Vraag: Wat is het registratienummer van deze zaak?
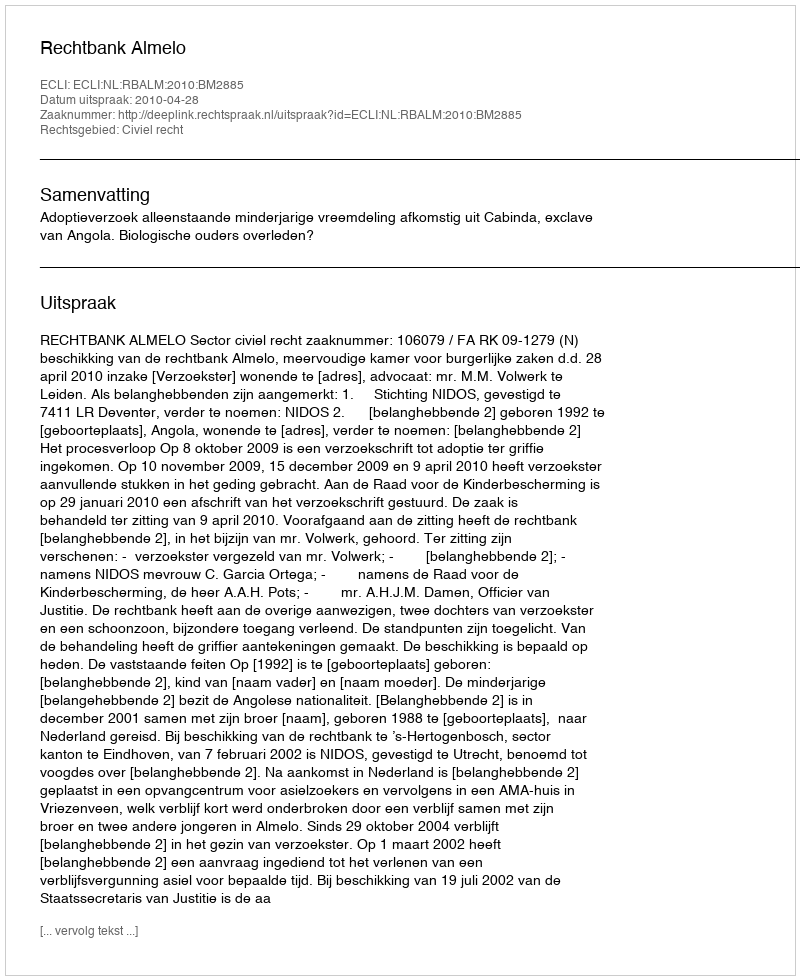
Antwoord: http://deeplink.rechtspraak.nl/uitspraak?id=ECLI:NL:RBALM:2010:BM2885